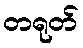
တရုတ်